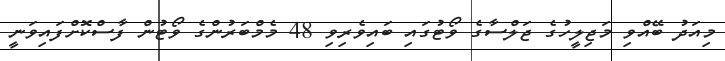
މިއަދު ބޭއްވި މަޖިލީހުގެ ޖަލްސާގެ ވޯޓުގައި ބައިވެރިވި 48 މެމްބަރުންގެ ވޯޓުން ފާސްކޮށްފައިވަނީ